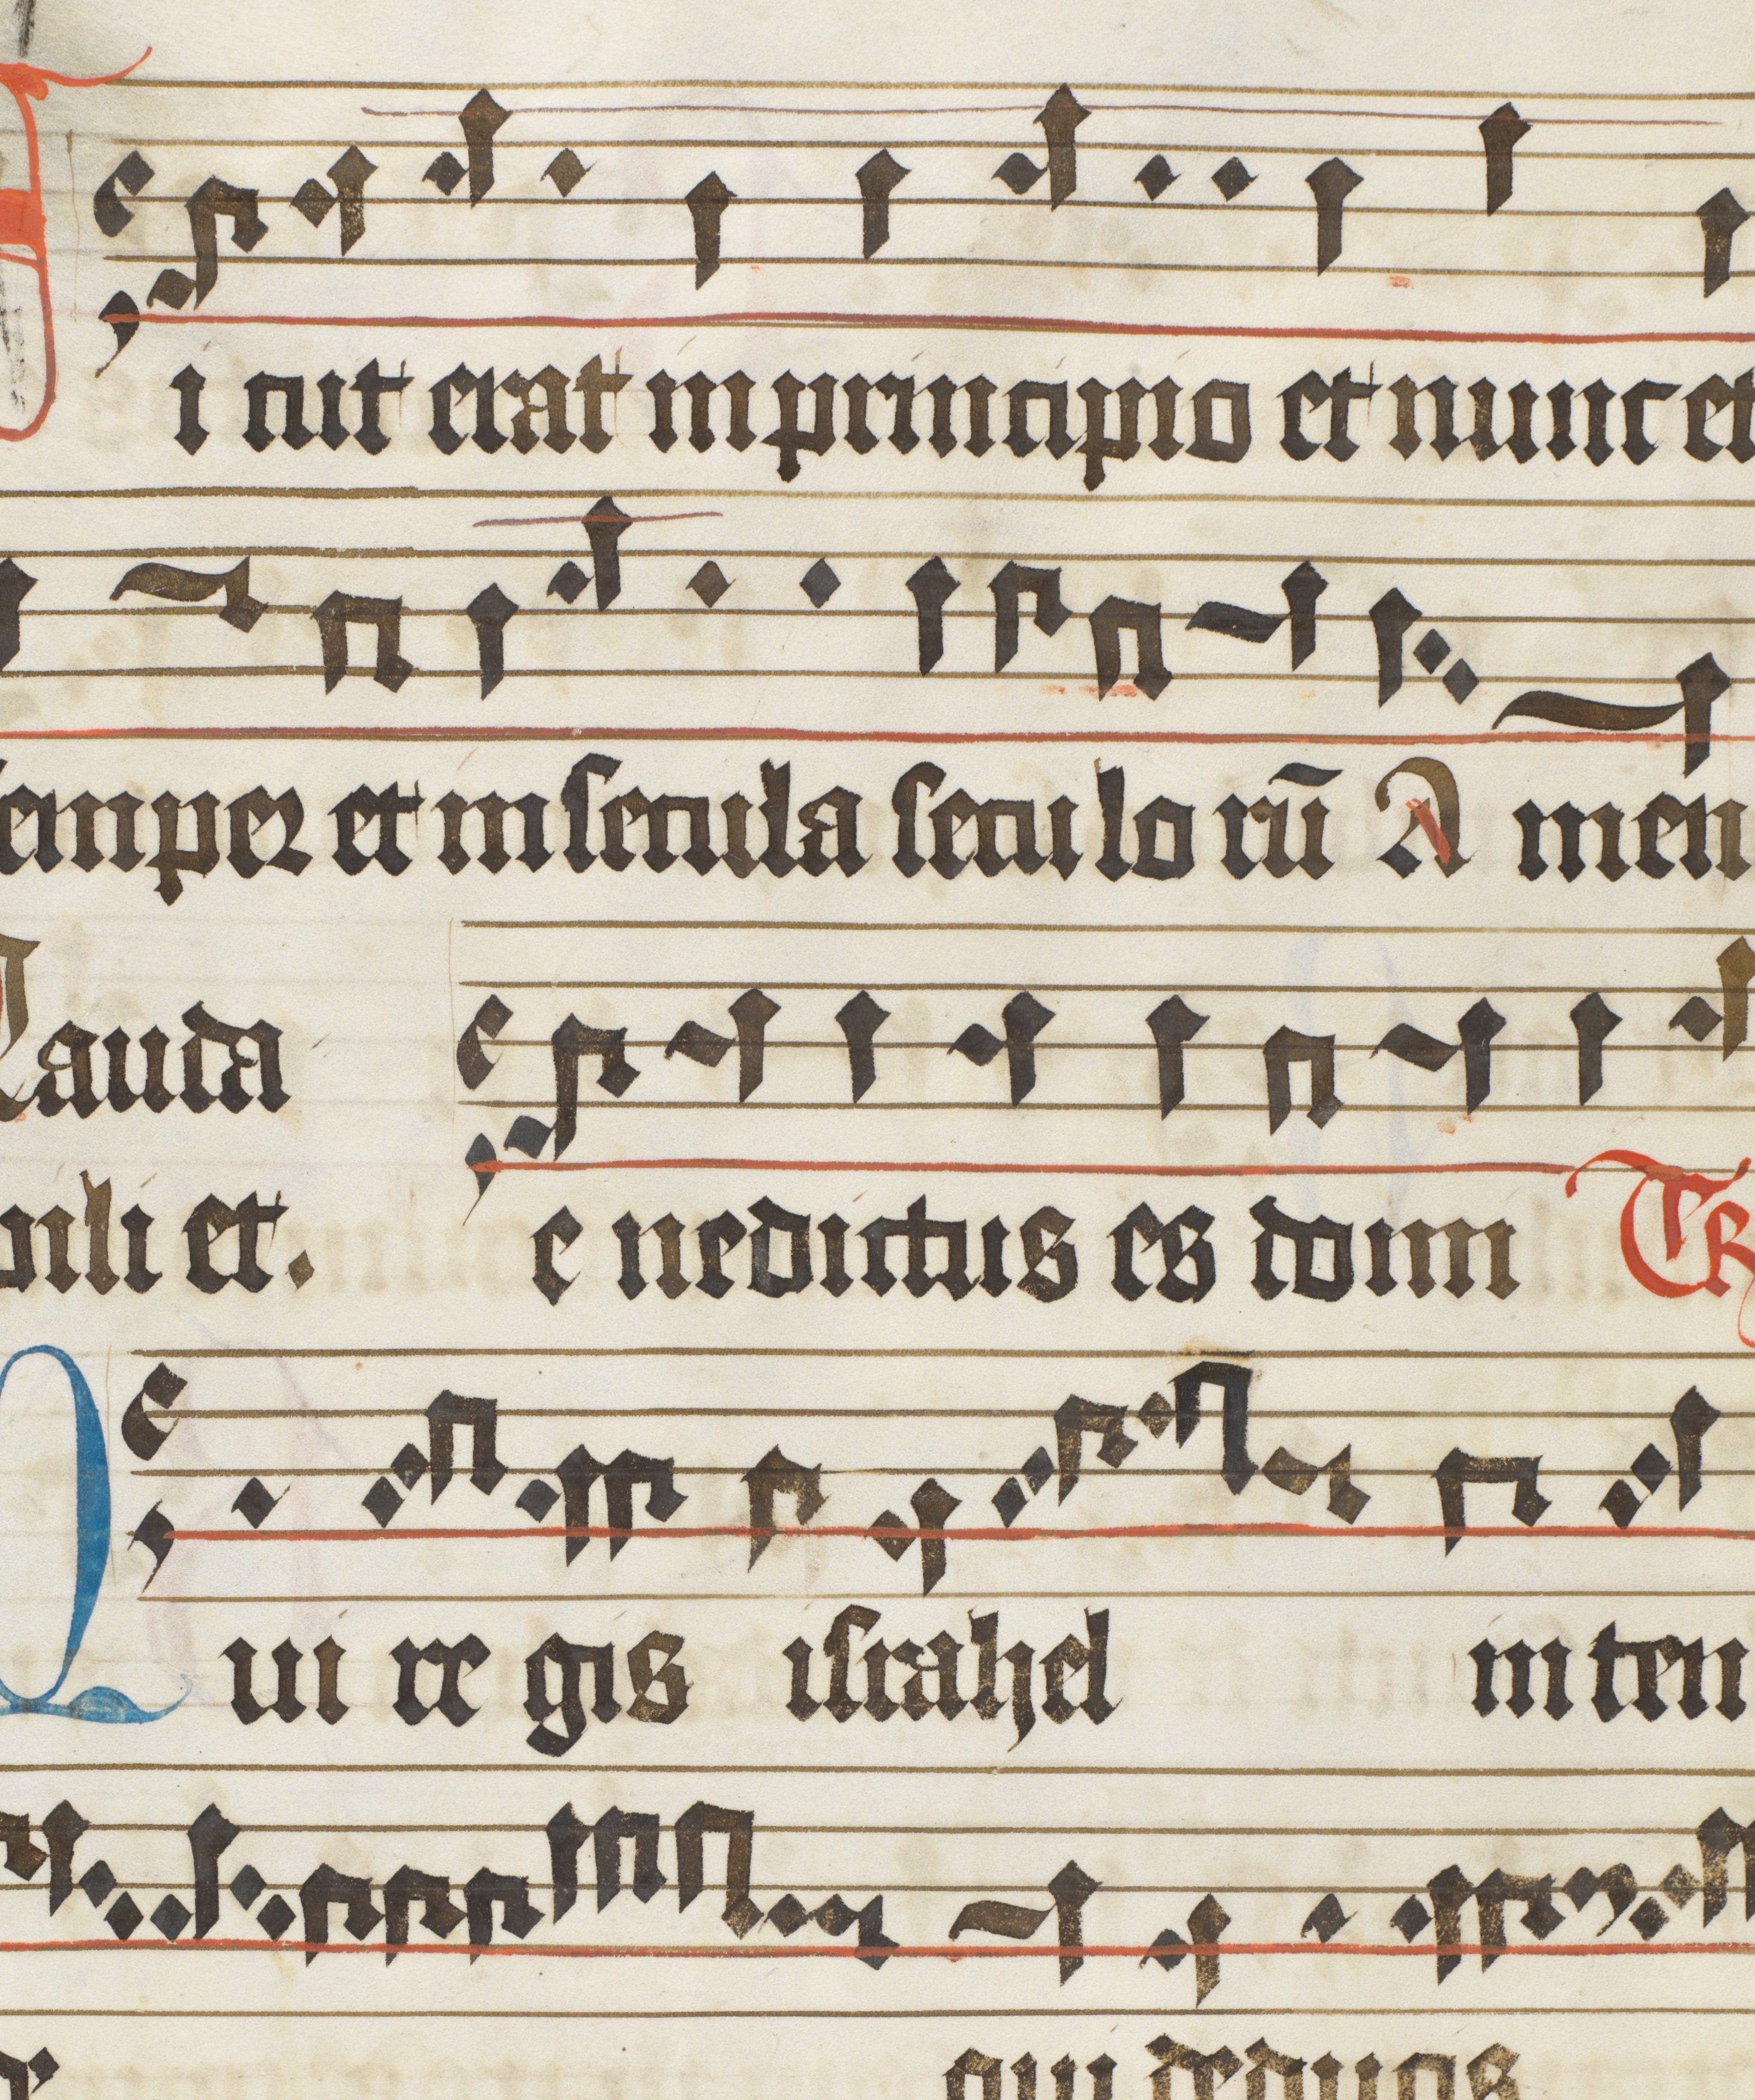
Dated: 1475–1499